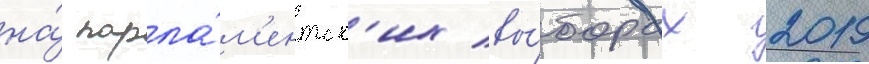
на́ парла́м'ентск'их вы́борах 2019